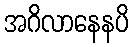
အဂိလာနေနပိ